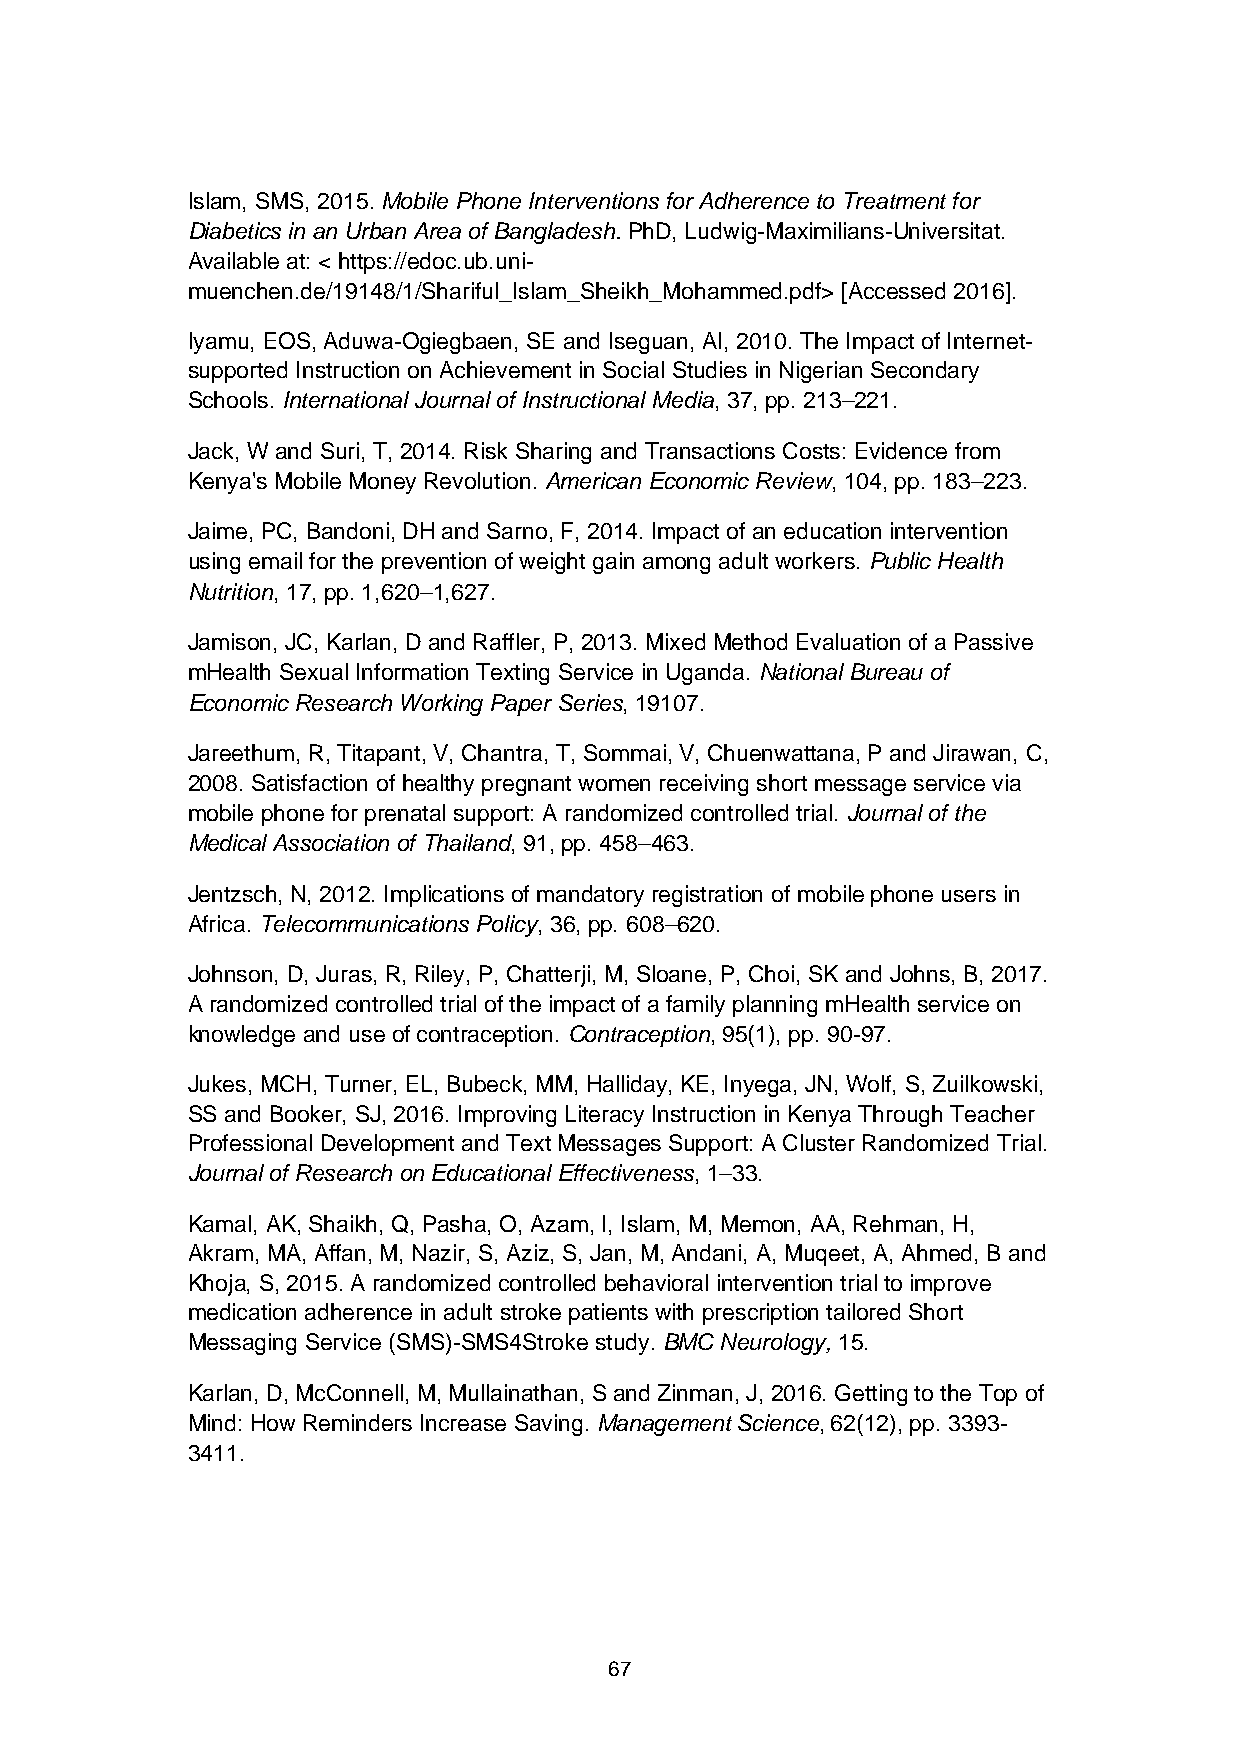
Islam, SMS, 2015. Mobile Phone Interventions for Adherence to Treatment for
 Diabetics in an Urban Area of Bangladesh. PhD, Ludwig-Maximilians-Universitat.
 Available at: < https://edoc.ub.uni-
 muenchen.de/19148/1/Shariful_Islam_Sheikh_Mohammed.pdf> [Accessed 2016].
 Iyamu, EOS, Aduwa-Ogiegbaen, SE and Iseguan, AI, 2010. The Impact of Internet-
 supported Instruction on Achievement in Social Studies in Nigerian Secondary
 Schools. International Journal of Instructional Media, 37, pp. 213–221.
 Jack, W and Suri, T, 2014. Risk Sharing and Transactions Costs: Evidence from
 Kenya's Mobile Money Revolution. American Economic Review, 104, pp. 183–223.
 Jaime, PC, Bandoni, DH and Sarno, F, 2014. Impact of an education intervention
 using email for the prevention of weight gain among adult workers. Public Health
 Nutrition, 17, pp. 1,620–1,627.
 Jamison, JC, Karlan, D and Raffler, P, 2013. Mixed Method Evaluation of a Passive
 mHealth Sexual Information Texting Service in Uganda. National Bureau of
 Economic Research Working Paper Series, 19107.
 Jareethum, R, Titapant, V, Chantra, T, Sommai, V, Chuenwattana, P and Jirawan, C,
 2008. Satisfaction of healthy pregnant women receiving short message service via
 mobile phone for prenatal support: A randomized controlled trial. Journal of the
 Medical Association of Thailand, 91, pp. 458–463.
 Jentzsch, N, 2012. Implications of mandatory registration of mobile phone users in
 Africa. Telecommunications Policy, 36, pp. 608–620.
 Johnson, D, Juras, R, Riley, P, Chatterji, M, Sloane, P, Choi, SK and Johns, B, 2017.
 A randomized controlled trial of the impact of a family planning mHealth service on
 knowledge and use of contraception. Contraception, 95(1), pp. 90-97.
 Jukes, MCH, Turner, EL, Bubeck, MM, Halliday, KE, Inyega, JN, Wolf, S, Zuilkowski,
 SS and Booker, SJ, 2016. Improving Literacy Instruction in Kenya Through Teacher
 Professional Development and Text Messages Support: A Cluster Randomized Trial.
 Journal of Research on Educational Effectiveness, 1–33.
 Kamal, AK, Shaikh, Q, Pasha, O, Azam, I, Islam, M, Memon, AA, Rehman, H,
 Akram, MA, Affan, M, Nazir, S, Aziz, S, Jan, M, Andani, A, Muqeet, A, Ahmed, B and
 Khoja, S, 2015. A randomized controlled behavioral intervention trial to improve
 medication adherence in adult stroke patients with prescription tailored Short
 Messaging Service (SMS)-SMS4Stroke study. BMC Neurology, 15.
 Karlan, D, McConnell, M, Mullainathan, S and Zinman, J, 2016. Getting to the Top of
 Mind: How Reminders Increase Saving. Management Science, 62(12), pp. 3393-
 3411.
 67